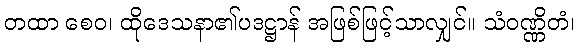
တထာ စေဝ၊ ထိုဒေသနာ၏ပဒဋ္ဌာန် အဖြစ်ဖြင့်သာလျှင်။ သံဝဏ္ဏိတံ၊